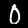
Label: 0